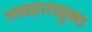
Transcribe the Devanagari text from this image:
व्यवहारप्रयुक्त